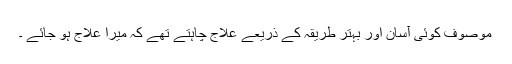
موصوف کوئی آسان اور بہتر طریقہ کے ذریعے علاج چاہتے تھے کہ میرا علاج ہو جائے ۔